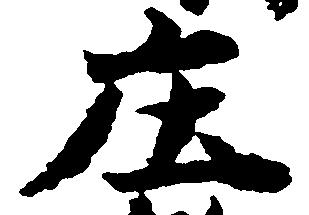
庄